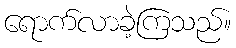
ရောက်လာခဲ့ကြသည်။